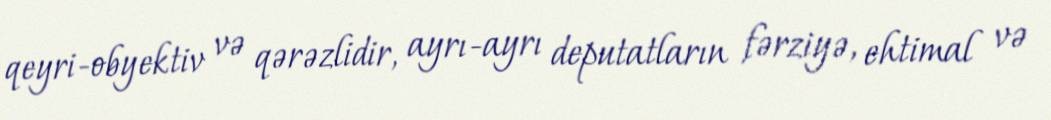
qeyri-obyektiv və qərəzlidir, ayrı-ayrı deputatların fərziyə, ehtimal və